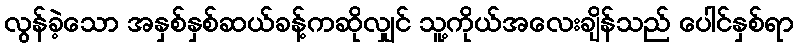
လွန်ခဲ့သော အနှစ်နှစ်ဆယ်ခန့်ကဆိုလျှင် သူ့ကိုယ်အလေးချိန်သည် ပေါင်နှစ်ရာ